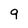
Character: 9